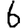
Digit: 6